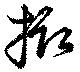
掫